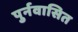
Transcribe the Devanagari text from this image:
पुर्नवासित